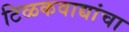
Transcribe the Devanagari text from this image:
टिळकवाद्यांचा